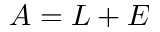
A = L + E